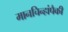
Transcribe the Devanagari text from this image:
मानचिन्हांपैकी